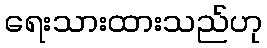
ရေးသားထားသည်ဟု